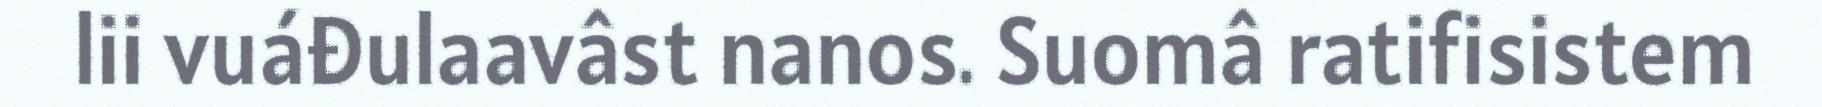
lii vuáđulaavâst nanos. Suomâ ratifisistem